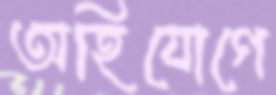
অহিযোগে